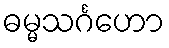
ဓမ္မသင်္ဂဟော